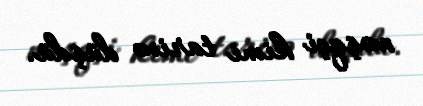
məşqçi kimi tarixə düşdü.